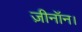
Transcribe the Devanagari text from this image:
ज़ीनॉन।